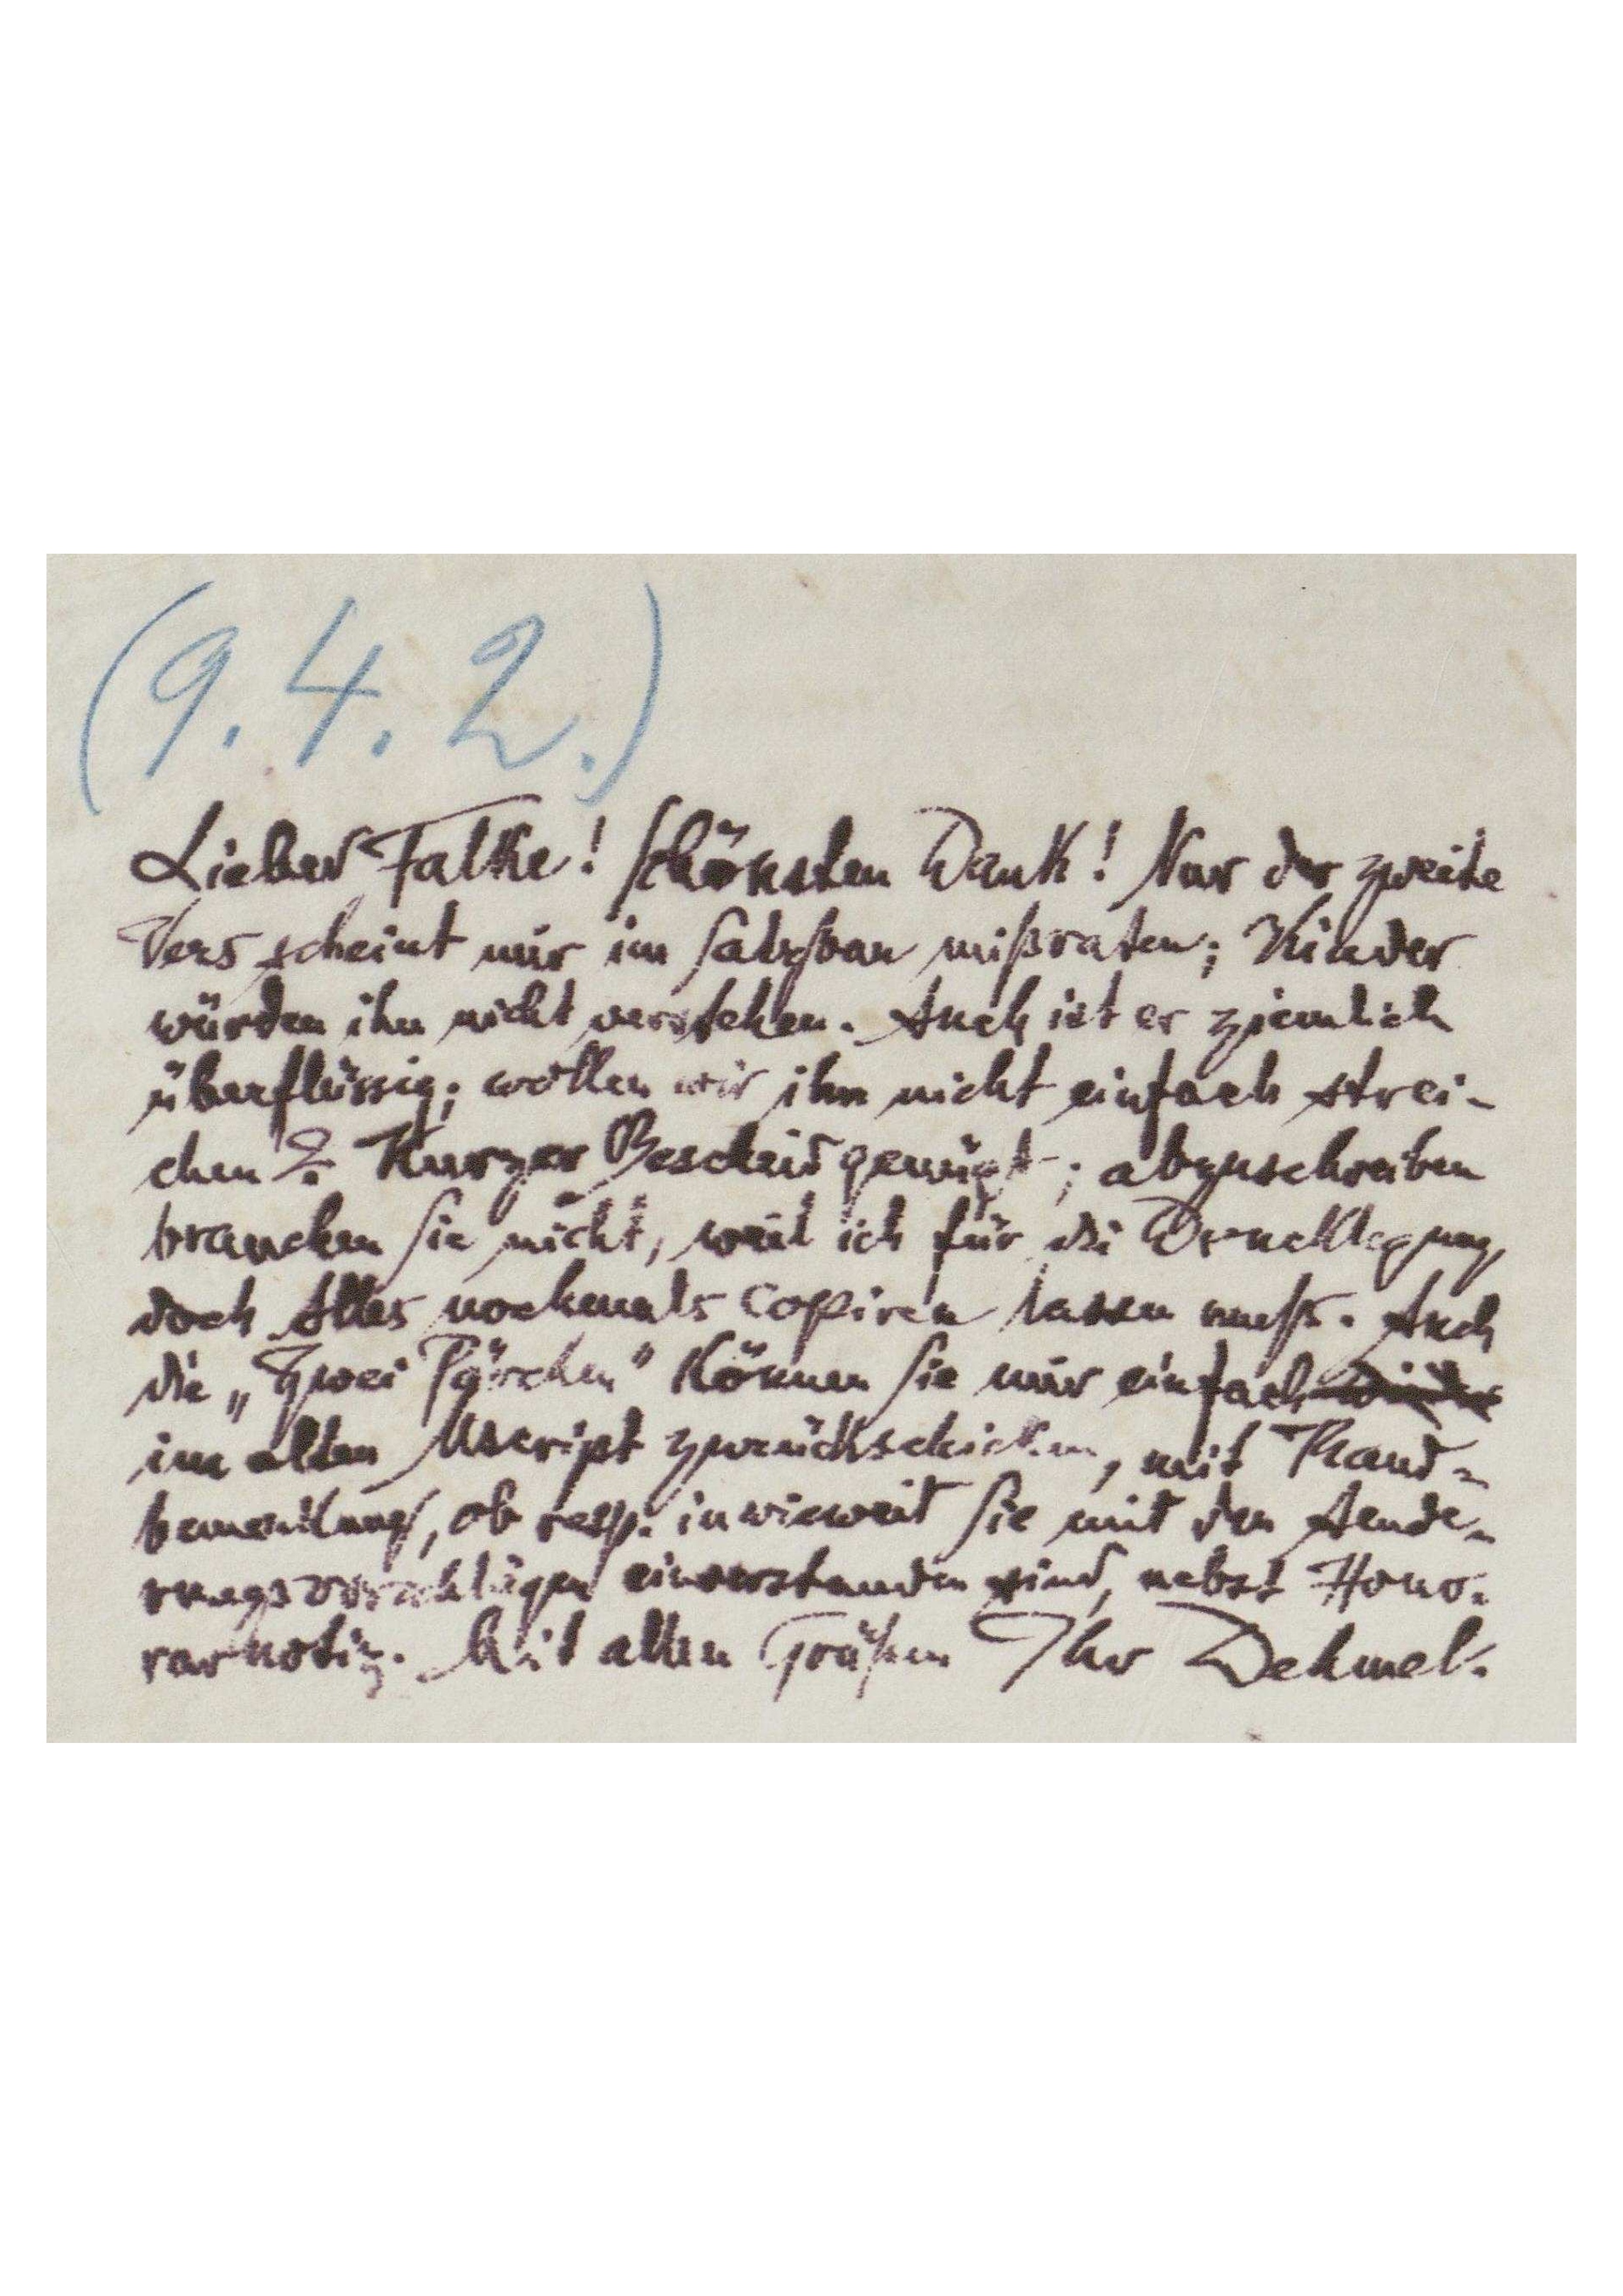
(9.4.2)
Lieber Falke! Schönsten Dank! Nur der zweite
Vers scheint mir im Satzbau mißraten; Kinder
würden ihn nicht verstehen. Auch ist er ziemlich
überflüssig; wollen wir ihm nicht einfach strei-
chen? Kurzer Bescheid genügt; abzuschreiben
brauchen Sie nicht, weil ich für die Drucklegeung
doch Alles nochmals copiren lassen muß. Auch
die „Zwei Pärchen” können Sie mir einfach
im alten Mscript zurückschicken, mit Rand-
bemerkung, ob resp. inwieweit Sie mit deb Aende-
rungsvorschläen einverstanden sind, nebst Hono-
rarnotiz. Mit allen Grüßen Ihr Dehmel.